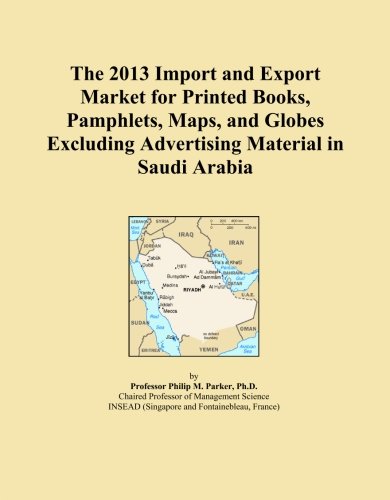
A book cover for The 2013 Import and Export Market for Printed Books, Pamphlets, Maps, and Globes Excluding Advertising Material in Saudi Arabia; Icon Group International; Travel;